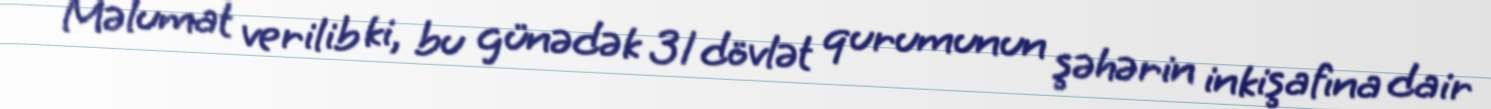
Məlumat verilib ki, bu günədək 31 dövlət qurumunun şəhərin inkişafına dair